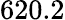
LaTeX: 620.2